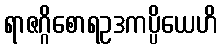
ရာဇဂ္ဂိစောရဥဒကပ္ပိယေဟိ